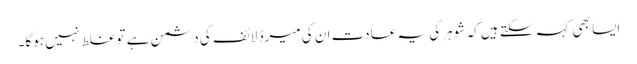
ایسا بھی کہہ سکتے ہیں کہ شوہر کی یہ عادت ان کی میرڈ لائف کی دشمن ہے تو غلط نہیں ہوگا۔